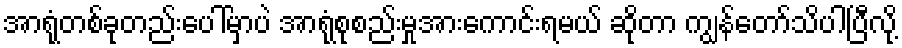
အာရုံတစ်ခုတည်းပေါ်မှာပဲ အာရုံစုစည်းမှုအားကောင်းရမယ် ဆိုတာ ကျွန်တော်သိပါပြီလို့